Leaving Certificate Examination, 1903
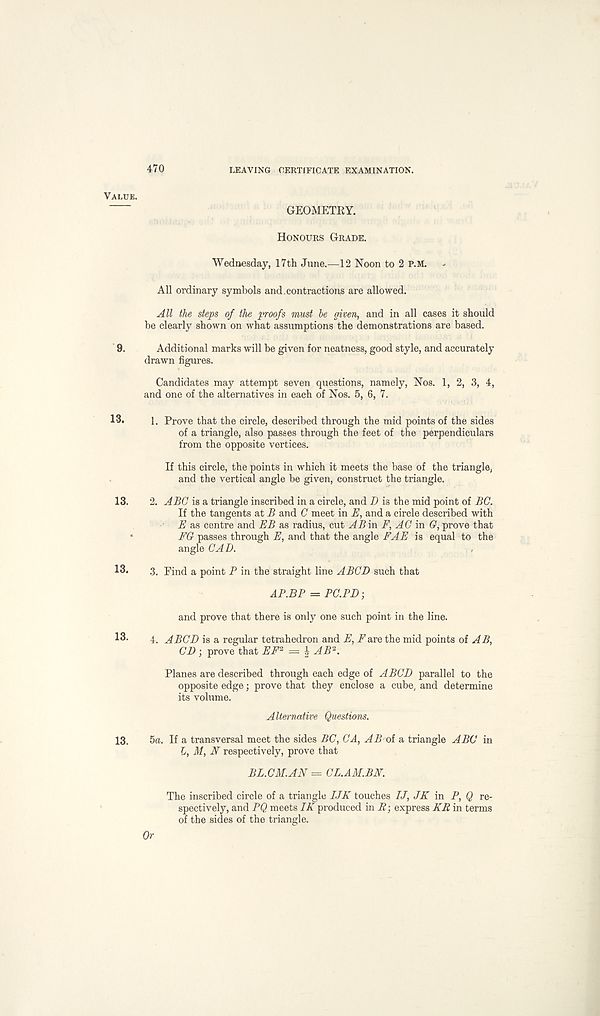
470
LEAVING CERTIFICATE EXAMINATION.
GEOMETRY.
Honours Grade.
Wednesday, 17th June.—12 Noon to 2 P.M.
All ordinary symbols and.contractions are allowed.
All the steps of the proofs must be given, and in all cases it should
be clearly shown on what assumptions the demonstrations are based.
Additional marks will be given for neatness, good style, and accurately
drawn figures.
Candidates may attempt seven questions, namely, Nos. 1, 2, 3, 4,
and one of the alternatives in each of Nos. 5, 6, 7.
1. Prove that the circle, described through the mid points of the sides
of a triangle, also passes through the feet of the perpendiculars
from the opposite vertices.
If this circle, the points in which it meets the base of the triangle,
and the vertical angle be given, construct the triangle.
2. ABC is a triangle inscribed in a circle, and I) is the mid point of BC.
If the tangents at B and C meet in E, and a circle described with
i? as centre and EB as radius, cut AB in F, AG in G, prove that
FG passes through E, and that the angle FAE is equal to the
angle CAD.
3. Find a point B in the straight line A BCD such that
AP.BP = PC.PD-,
and prove that there is only one such point in the line.
4. A BCD is a regular tetrahedron and E, Fare the mid points of AB,
CD ; prove that EF* = ^ AB 2 .
Planes are described through each edge of ABCD parallel to the
opposite edge; prove that they enclose a cube, and determine
its volume.
Alternative Questions.
5a. If a transversal meet the sides BC, CA, AB of a triangle ABC in
L, M, N respectively, prove that
BL.CM.AN = CL.AM.BN.
The inscribed circle of a triangle UK touches /</, JK in P, Q re-
spectively, and PQ meets IK produced in R - , express KR in terms
of the sides of the triangle.